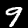
Label: 9